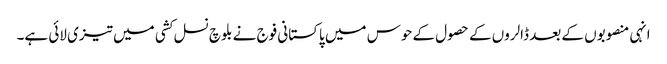
انہی منصوبوں کے بعد ڈالروں کے حصول کے حوس میں پاکستانی فوج نے بلوچ نسل کشی میں تیزی لائی ہے۔